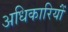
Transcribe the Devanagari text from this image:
अधिकारियोंं